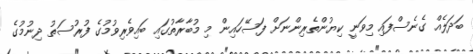
ބަދަލެއް ގެނެސްފައި މިވަނީ ކިޔުންތެރިންނަށް ފަސޭހައިން މި މުބާރާތުގައި ބައިވެރިވުމުގެ ފުރުސަތު ދިނުމުގެ